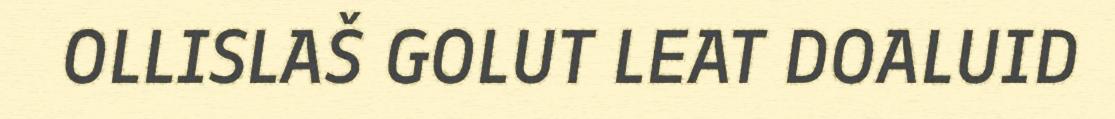
OLLISLAŠ GOLUT LEAT DOALUID